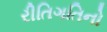
રીતિગતિનો